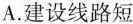
A.建设线路短